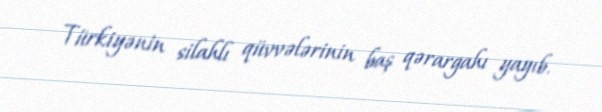
Türkiyənin silahlı qüvvələrinin baş qərargahı yayıb.